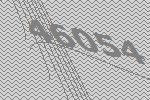
46054